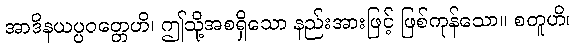
အာဒိနယပ္ပဝတ္တေဟိ၊ ဤသို့အစရှိသော နည်းအားဖြင့် ဖြစ်ကုန်သော။ စတူဟိ၊